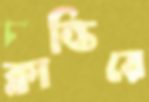
ক্লান্তিরে